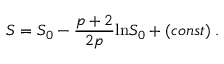
S = S _ { 0 } - \frac { p + 2 } { 2 p } \mathrm { l n } S _ { 0 } + ( c o n s t ) \; .